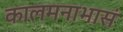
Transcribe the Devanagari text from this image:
कालमनाभासं